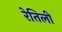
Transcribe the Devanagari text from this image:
रेतिली